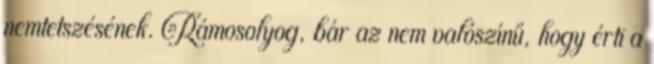
nemtetszésének. Rámosolyog, bár az nem valószínű, hogy érti a